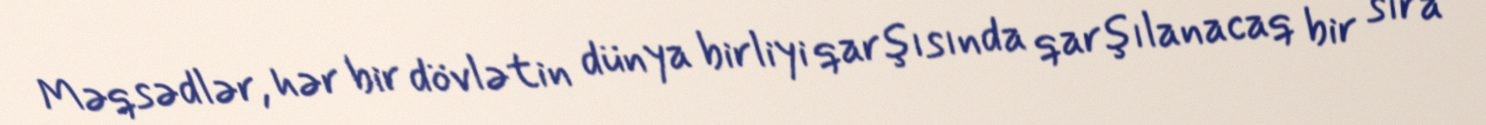
Məqsədlər, hər bir dövlətin dünya birliyi qarşısında qarşılanacaq bir sıra